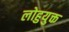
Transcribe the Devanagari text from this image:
लोहुयुक्त